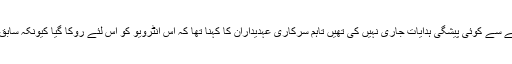
پاکستان میڈیا ریگولیٹری اتھارٹی (پیمرا) نے اس انٹرویو کو نشر نہ کرنے کے حوالے سے کوئی پیشگی ہدایات جاری نہیں کی تھیں تاہم سرکاری عہدیداران کا کہنا تھا کہ اس انٹرویو کو اس لئے روکا گیا کیونکہ سابق صدر زرداری پر کرپشن اور منی لانڈرنگ کے الزامات کی تحقیقات چل رہی تھیں۔